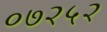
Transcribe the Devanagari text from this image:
०७२५२